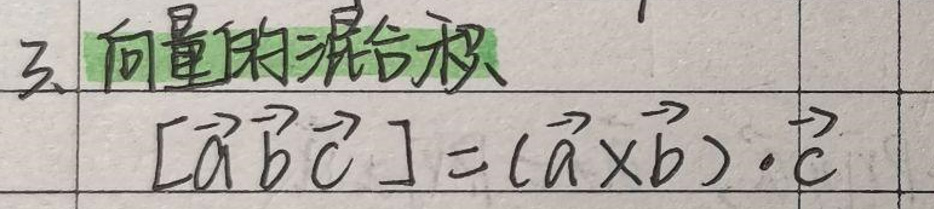
3. 向量的混合积

\([\vec{a} \vec{b} \vec{c}] = (\vec{a} \times \vec{b}) \cdot \vec{c}\)